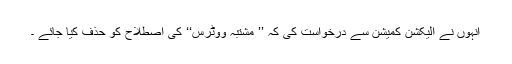
انہوں نے الیکشن کمیشن سے درخواست کی کہ ’’ مشتبہ ووٹرس‘‘ کی اصطلاح کو حذف کیا جائے ۔